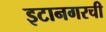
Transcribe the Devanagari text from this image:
इटानगरची